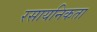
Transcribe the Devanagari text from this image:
रसायनिकता